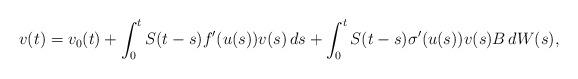
LaTeX: \begin{align*} v(t) = v_0(t) + \int_0^t S(t-s) f'(u(s)) v(s)\,ds + \int_0^t S(t-s) \sigma'(u(s)) v(s) B\,dW(s),\end{align*}